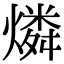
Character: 燐